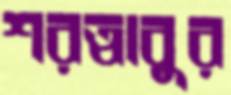
শরত্বাবুর